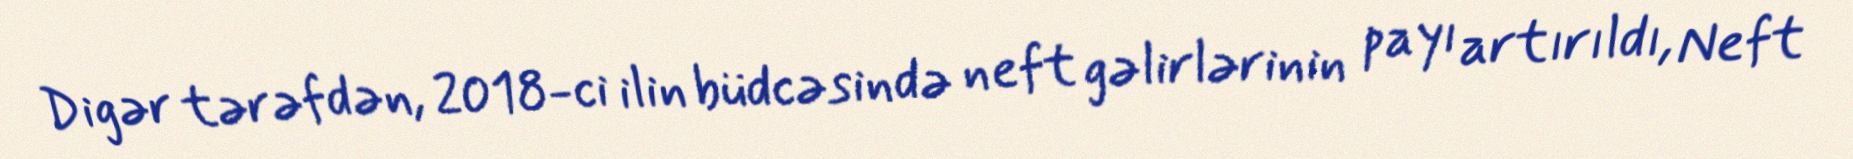
Digər tərəfdən, 2018-ci ilin büdcəsində neft gəlirlərinin payı artırıldı, Neft